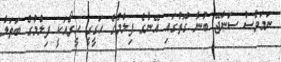
ނަމަވެސް ސަންޖޭ ބުނާ ގޮތުގައި އޭނާގެ ފިލްމުގެ ހަގީގީ ހީރޯއަކީ ފިލްމުގެ ބަތަލާ